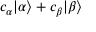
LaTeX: c _ { \alpha } | \alpha \rangle + c _ { \beta } | \beta \rangle